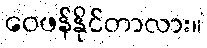
ဝေဖန်နိုင်တာလား။